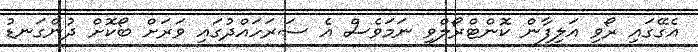
އެގޭގައި ރޯވި އަލިފާން ކޮންޓްރޯލްވި ނަމަވެސް އެ ސަރަހައްދުގައި ވަރަށް ބޯކޮށް ދުންގަނޑު